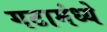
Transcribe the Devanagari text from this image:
गटामंध्ये